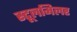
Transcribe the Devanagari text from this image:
स्टूलमिलर